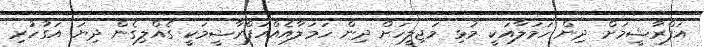
އަފްރާޝީމަށް ދިން ހަމަލާއަކީ މުޅި މަޖިލީހަށް ދިން ހަމަލާއެއްއަފްރާޝީމަކީ ގެއްލިގެން ދިޔަ އަގުހުރި